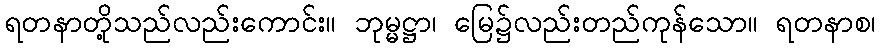
ရတနာတို့သည်လည်းကောင်း။ ဘုမ္မဋ္ဌာ၊ မြေ၌လည်းတည်ကုန်သော။ ရတနာစ၊